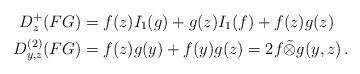
LaTeX: \begin{align*} D^+_{z}(FG)&=f(z) I_1(g)+g(z)I_1(f)+f(z)g(z)\quad\\ D^{(2)}_{y,z}(FG)&=f(z)g(y)+f(y)g(z)=2f\tilde{\otimes} g(y,z)\,. \end{align*}